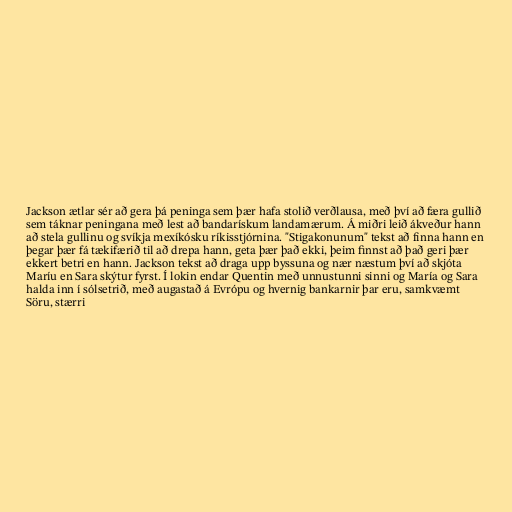
Jackson ætlar sér að gera þá peninga sem þær hafa stolið verðlausa, með því að færa gullið
sem táknar peningana með lest að bandarískum landamærum. Á miðri leið ákveður hann
að stela gullinu og svíkja mexíkósku ríkisstjórnina. "Stigakonunum" tekst að finna hann en
þegar þær fá tækifærið til að drepa hann, geta þær það ekki, þeim finnst að það geri þær
ekkert betri en hann. Jackson tekst að draga upp byssuna og nær næstum því að skjóta
Maríu en Sara skýtur fyrst. Í lokin endar Quentin með unnustunni sinni og María og Sara
halda inn í sólsetrið, með augastað á Evrópu og hvernig bankarnir þar eru, samkvæmt
Söru, stærri